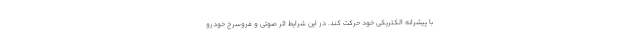
با پیشرانه الکتریکی خود حرکت کند. در این شرایط اثر صوتی و فروسرخ خودرو